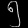
Digit: ၅